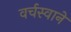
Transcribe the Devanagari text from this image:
वर्चस्वाने